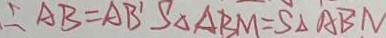
\therefore A B = A B ^ { \prime } S _ { \Delta A B M } = S _ { \Delta A B N }